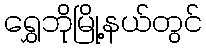
ရွှေဘိုမြို့နယ်တွင်